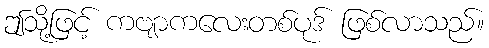
ဤသို့ဖြင့် ကဗျာကလေးတစ်ပုဒ် ဖြစ်လာသည်။